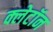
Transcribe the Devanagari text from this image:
क्लेटॉन